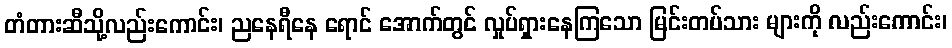
တံတားဆီသို့လည်းကောင်း၊ ညနေရီနေ ရောင် အောက်တွင် လှုပ်ရှားနေကြသော မြင်းတပ်သား များကို လည်းကောင်း၊